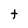
Character: t